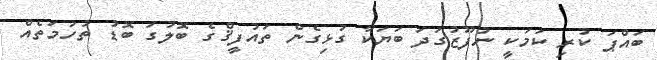
ބައްޕަ ކުރި ކަމަކީ ނުފޫޒުގަދަ ބަޔަކާ ގުޅިގެން ތައުފީޤްގެ ބޮލުގަ ބޮޑު ތުހުމަތެއް